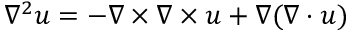
\nabla ^ { 2 } u = - \nabla \times \nabla \times u + \nabla ( \nabla \cdot u )